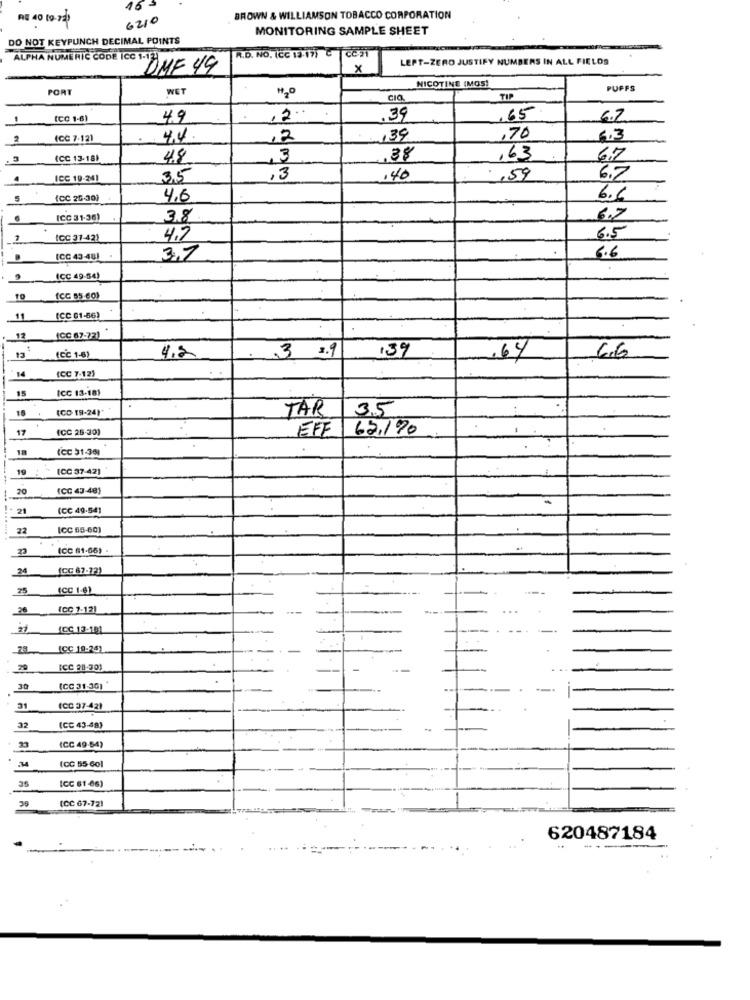
16
RE 40 19-21
6210
BROWN & WILLIAMSON TOBACCO CORPORATION
MONITORING SAMPLE SHEET
DO NOT KEYPUNCH DECIMAL POINTS
R.D. NO. ICC 13:17) C | cc91
ALPHA NUMERIC CODE ICC 1-12]
LEPT-ZERO JUSTIFY NUMBERS IN ALL FIELDS
DMF 49
×
NICOTINE (MOS!
PORT
WET
PUFFS
CIO
TIP
(CC 1-81
4.9
.2.
.39
.65
6.2
2
(CC 7-121
4.4
12
139
,70
6,3
C
ICC 13-185
4.8
3
,38
,63
6.7
ICC 19-241
3,5
,3
140
.59
6.7
(CC 26-30)
4,6
6.6
ICC 31.36)
3.8
67
-
ICC 31-42)
4.2
6.5
(CC 43-481
3.7
6.6
(CC 49-54)
(CC 55-60)
11
(CC 61-56)
12
(CC 67-72)
3 3.9
139
(CC 1-6)
4.2
64
66
14
(CC 7-12)
15
ICC 13-181
15
(CD 19-24)*
TAR
35
17
(CC 25-30)
EFF
62.170
18
(CC 51-361
19
(CC 37-42)
20
(CC 43-48)
21
(CC 49-541
...
22
ICC 55-60)
(CC 61-66)
(CC 87-72)
25
(CC 1-6)
(CC 7-12)
---
...
ICC 13-181
-*
ICC 19-24)
ICC 28-301
30
(CC 31-30)
31
(CC 37-42)
32
(CC 43-58)
23
(CC 49-54)
(CC 55-601
35
(CC 61-66)
35
(CC 67-72)
620487184
---